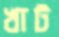
খাট